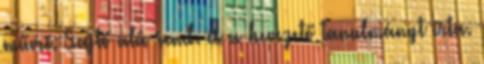
művei. Sajtó alá rend. és a bevezető tanulmányt írta.